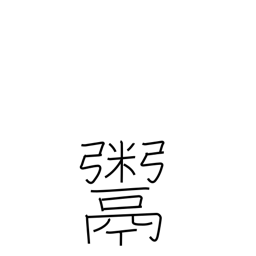
Meaning: deal in